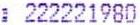
: 222221980